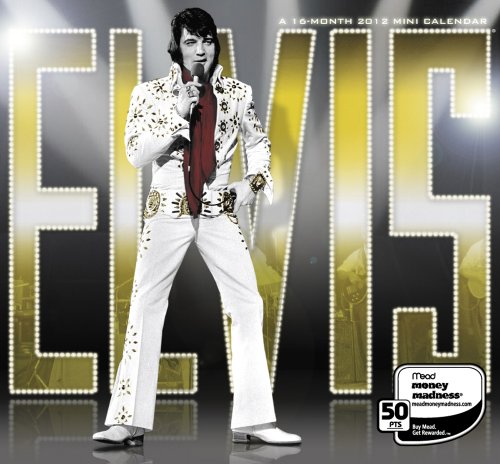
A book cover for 2012 Elvis Mini Calendar; Mead; Calendars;